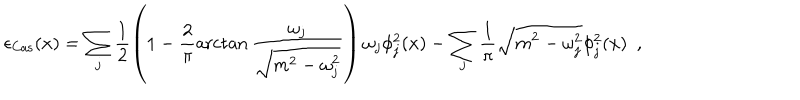
\epsilon _ { \mathrm { C a s } } ( x ) = \sum _ { j } \frac { 1 } { 2 } \left( 1 - \frac { 2 } { \pi } \operatorname { a r c t a n } \frac { \omega _ { j } } { \sqrt { m ^ { 2 } - \omega _ { j } ^ { 2 } } } \right) \omega _ { j } \phi _ { j } ^ { 2 } ( x ) - \sum _ { j } \frac { 1 } { \pi } \sqrt { m ^ { 2 } - \omega _ { j } ^ { 2 } } \phi _ { j } ^ { 2 } ( x ) \ \ ,